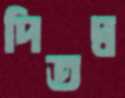
দিতদ্ব